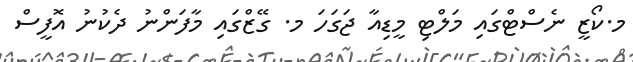
މ.ކޯޒީ ނެސްޓްގައި މަލްޓި މީޑިއާ ޖަގަހަ މ. ގޭޒްގައި މާފަންނު ދެކުނު އޮފީސް